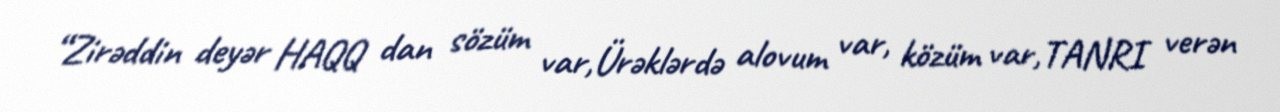
“Zirəddin deyər HAQQ dan sözüm var,Ürəklərdə alovum var, közüm var,TANRI verən